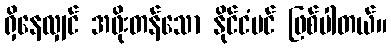
ရှိနေလျှင် အဖိုးတန်သော နိုင်ငံပင် ဖြစ်ပါတယ်။